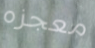
معجزه